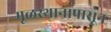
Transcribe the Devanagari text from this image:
मूळस्थानापासून